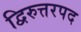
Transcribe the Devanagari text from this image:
द्विरुत्तरपद